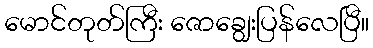
မောင်တုတ်ကြီး ဇောချွေးပြန်လေပြီ။